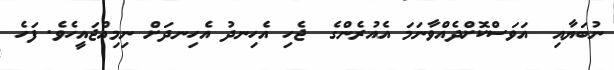
ނުބަޔާއި  އަވަސްކޮށްދެއްވާނަމަ އެއުރެންގެ  ޖެހި އެހިނދު އެހިނދަށް ނިމިއްޖައީހެވެ. ފަހެ